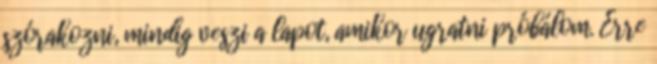
szórakozni, mindig veszi a lapot, amikor ugratni próbálom. Erre